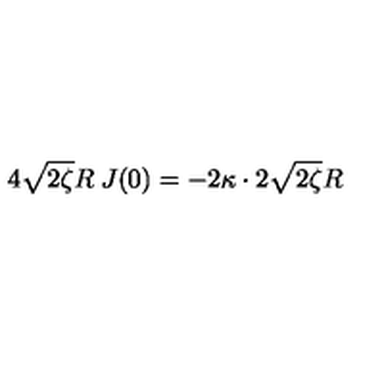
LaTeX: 4 \sqrt { 2 \zeta } R \: J ( 0 ) = - 2 \kappa \cdot 2 \sqrt { 2 \zeta } R